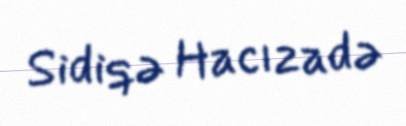
Sidiqə Hacızadə